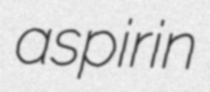
aspirin